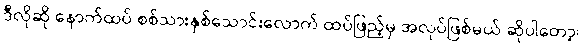
ဒီလိုဆို နောက်ထပ် စစ်သားနှစ်သောင်းလောက် ထပ်ဖြည့်မှ အလုပ်ဖြစ်မယ် ဆိုပါတော့၊